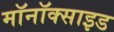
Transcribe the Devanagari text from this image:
मॉनॉक्साइड